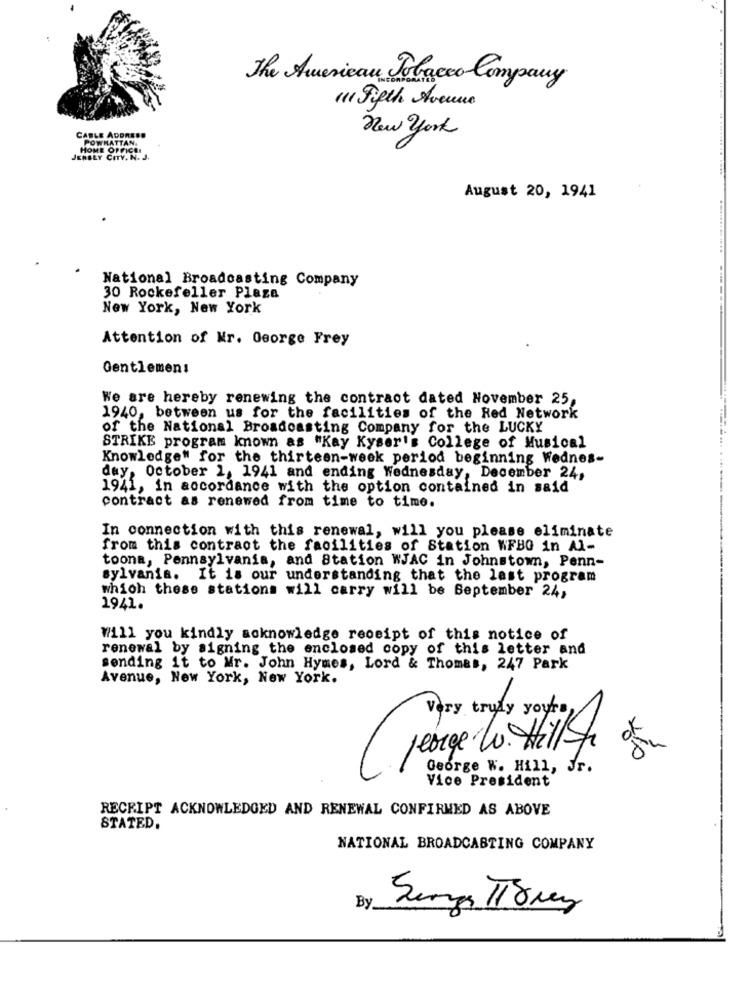
The American Tobacco Company
11 Fifth Avenue
New york
CABLE ADDRESS
POWHATTAN.
HOME OFFICEI
JERSEY CITY. N.
August 20, 1941
National Broadcasting Company
30 Rockefeller Plaza
New York, New York
Attention of Mr. George Frey
Gentlemen:
We are hereby renewing the contract dated November 25,
1940, between us for the facilities of the Red Network
of the National Broadcasting Company for the LUCKY
STRIKE program known as "Kay Kyser's College of Musical
Knowledge" for the thirteen-week period beginning Wednes-
day, October 1, 1941 and ending Wednesday, December 24,
1941, in accordance with the option contained in said
contract as renewed from time to time.
In connection with this renewal, will you please eliminate
from this contract the facilities of Station WFBG in Al-
toona, Pennsylvania, and Station WJAC in Johnstown, Penn-
sylvania. It is our understanding that the last program
which these stations will carry will be September 24,
1941.
W111 you kindly acknowledge receipt of this notice of
renewal by signing the enclosed copy of this letter and
sending it to Mr. John Hymes, Lord & Thomas, 247 Park
Avenue, New York, New York.
George W. Hill, Jr.
Vice President
RECEIPT ACKNOWLEDGED AND RENEWAL CONFIRMED AS ABOVE
STATED.
NATIONAL BROADCASTING COMPANY
By